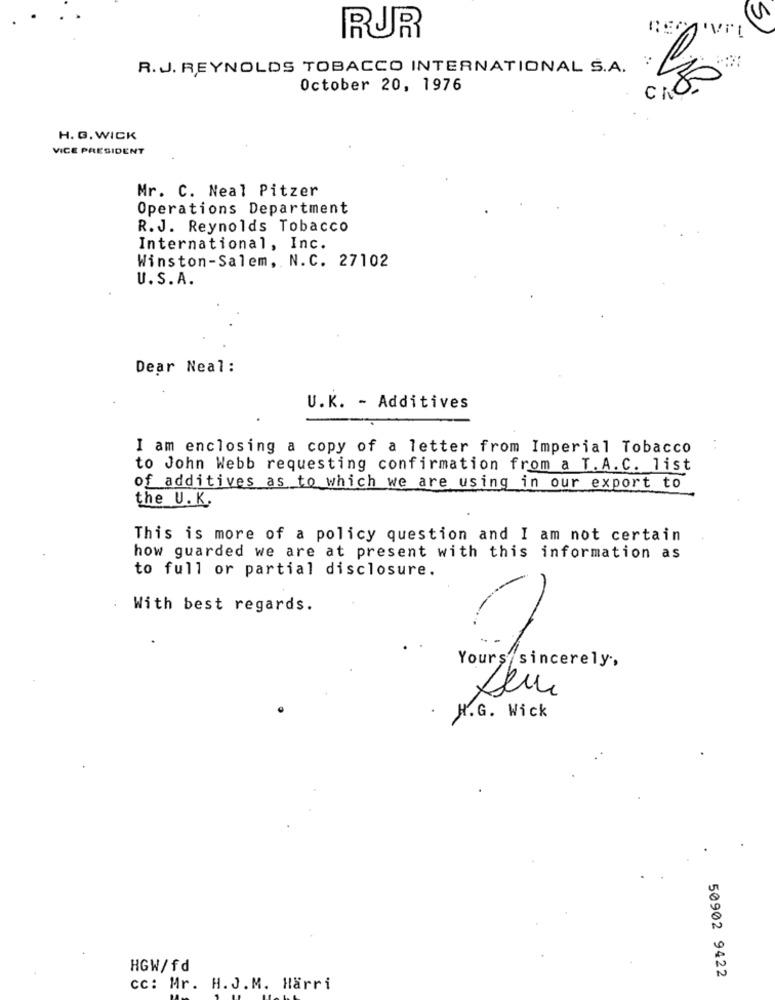
Vi
RUR
R.J. REYNOLDS TOBACCO INTERNATIONAL S.A.
October 20, 1976
U
H. G. WICK
VICE PRESIDENT
Mr. C. Neal Pitzer
Operations Department
R.J. Reynolds Tobacco
International, Inc.
Winston-Salem ,. N.C. 27102
U. S. A.
Dear Neal:
U.K. - Additives
I am enclosing a copy of a letter from Imperial Tobacco
to John Webb requesting confirmation from a T. A.C. list
of additives as to which we are using in our export to
the U. K.
This is more of a policy question and I am not certain
how guarded we are at present with this information as
to full or partial disclosure.
With best regards.
Yours sincerely,
H.G. Wick
HGW/fd
50902 9422
cc: Mr. H.J.M. Harri